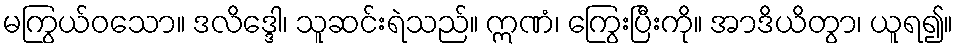
မကြွယ်ဝသော။ ဒလိဒ္ဒေါ၊ သူဆင်းရဲသည်။ ဣဏံ၊ ကြွေးပြီးကို။ အာဒိယိတွာ၊ ယူရ၍။